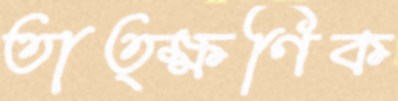
তাত্ক্ষণিক